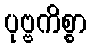
ပုဗ္ဗကိစ္စာ